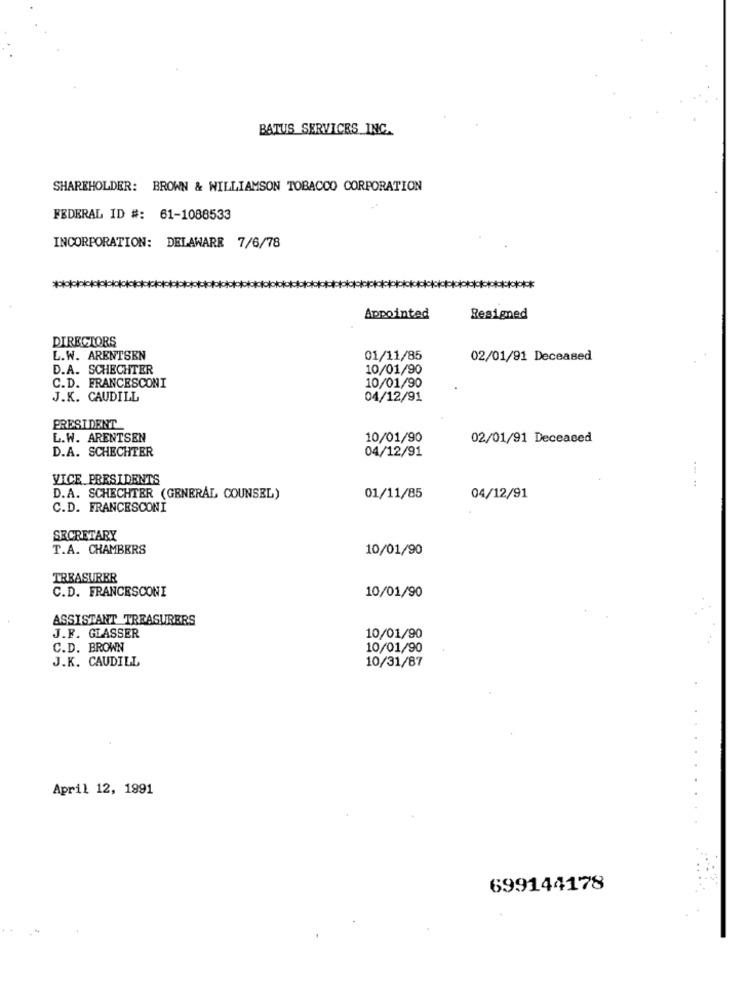
BATUS SERVICES INC.
SHAREHOLDER: BROWN & WILLIAMSON TOBACCO CORPORATION
FEDERAL ID #: 61-1088533
INCORPORATION: DELAWARE 7/6/78
Appointed
Resigned
DIRECTORS
L.W. ARENTSEN
01/11/85
02/01/91 Deceased
D.A. SCHECHTER
10/01/90
C.D. FRANCESCONI
10/01/90
J.K. CAUDILL
04/12/91
PRESIDENT
L.W. ARENTSEN
10/01/90
02/01/91 Deceased
D.A. SCHECHTER
04/12/91
VICE PRESIDENTS
:
D.A. SCHECHTER (GENERAL COUNSEL)
01/11/85
04/12/91
C.D. FRANCESCONI
SECRETARY
T.A. CHAMBERS
10/01/90
TREASURER
C.D. FRANCESCONI
10/01/90
ASSISTANT TREASURERS
J.F. GLASSER
10/01/90
C.D. BROWN
10/01/90
J.K. CAUDILL
10/31/87
April 12, 1991
699144178